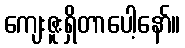
ကျေးဇူးရှိတာပေါ့နော်။